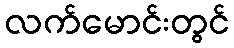
လက်မောင်းတွင်